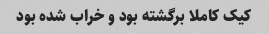
کیک کاملا برگشته بود و خراب شده بود